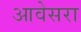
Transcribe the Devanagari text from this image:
आवेसरा